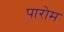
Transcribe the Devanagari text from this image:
पारोम